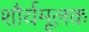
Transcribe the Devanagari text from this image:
शौर्यमूलक